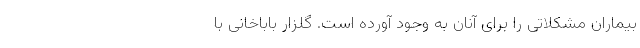
بیماران مشکلاتی را برای آنان به وجود آورده است. ‌گلزار باباخانی با